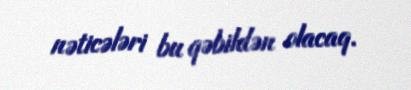
nəticələri bu qəbildən olacaq.